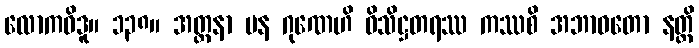
လောကဝိဒူ။ ၁၃၈။ အတ္တနာ ပန ဂုဏေဟိ ဝိသိဋ္ဌတရဿ ကဿစိ အဘာဝတော နတ္ထိ